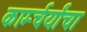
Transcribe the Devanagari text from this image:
कार्म्चर्यांचा